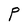
Character: P